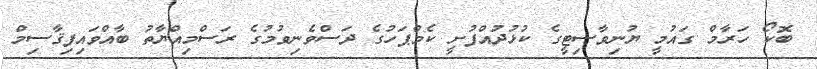
ބޮކޯ ހަރާމް ގައުމީ ޔުނިވާސިޓީގެ ކުޅުދުއްފުށީ ކެމްޕަހުގެ ދަސްވެނިވުމުގެ ރަސްމިއްޔާތު ބާއްވައިފިޤާސިމް